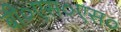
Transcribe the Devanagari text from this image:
बी०एस०एस०